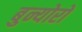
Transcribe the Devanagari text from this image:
बुन्योरो